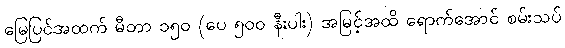
မြေပြင်အထက် မီတာ ၁၅၀ (ပေ ၅၀၀ နီးပါး) အမြင့်အထိ ရောက်အောင် စမ်းသပ်